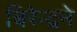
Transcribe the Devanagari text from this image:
बिरेन्द्रने